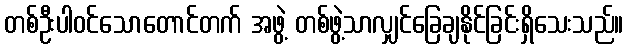
တစ်ဦးပါဝင်သောတောင်တက် အဖွဲ့ တစ်ဖွဲ့သာလျှင်ခြေချနိုင်ခြင်းရှိသေးသည်။